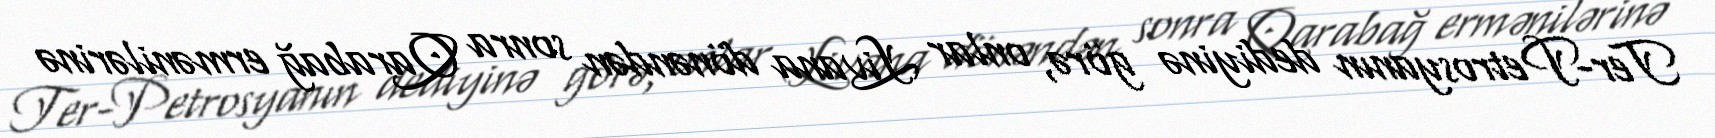
Ter-Petrosyanın dediyinə görə, onlar Livana dönəndən sonra Qarabağ ermənilərinə